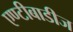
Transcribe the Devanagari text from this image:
एण्टीबाडीज